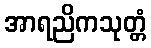
အာရညိကသုတ္တံ